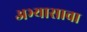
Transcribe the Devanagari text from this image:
अभ्यासावा